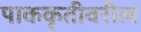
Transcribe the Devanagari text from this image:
पाककृतीवरील